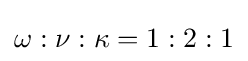
\omega :\nu :\kappa =1:2:1